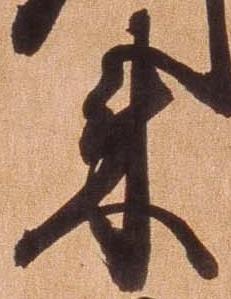
来